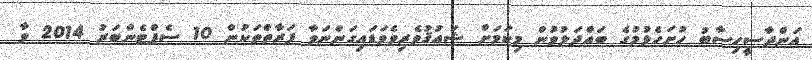
އަންދާސީހިސާބު ހުށަހެޅުމުގެ ބައްދަލުވުން މިކަމަށް ޝައުޤުވެރިވެވަޑައިގަންނަވާ ފަރާތްތަކުން 10 ސެޕްޓެންބަރު 2014 ވާ